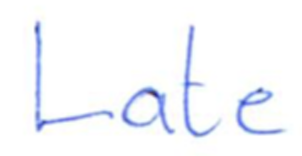
Text: Late
Cross-out: clean
Writing tool: ballpoint